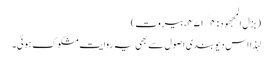
( بزل المجھود : ۴۷۱/۴، بیروت)
لہذا اس دیو بندی اصول سے بھی یہ روایت مشکوک ہوئی۔